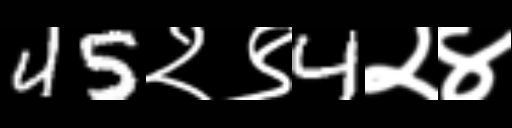
Text: 45२९4२४